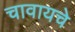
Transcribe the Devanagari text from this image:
चावायचे